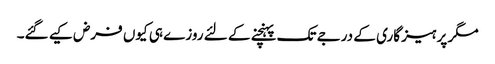
مگر پرہیز گاری کے درجے تک پہنچنے کے لئے روزے ہی کیوں فرض کیے گئے۔